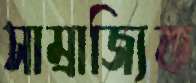
সাম্রাজ্যিক